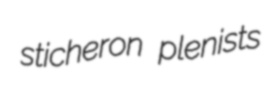
sticheron plenists